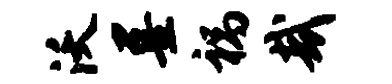
沃墨祸哉